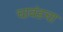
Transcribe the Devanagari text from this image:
चावंडचा